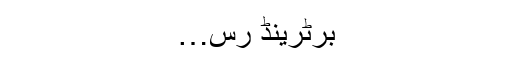
برٹرینڈ رس…